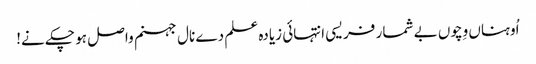
اُوہناں وِچوں بے شمار فریسی انتہائی زیادہ علم دے نال جہنم واصل ہو چکے نے!